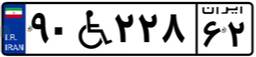
۸۷W۸۲۴۰۹